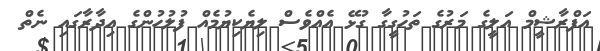
އަފްރާޝީމް އަލީގެ މަރުގެ ތަހުގީގާ ގުޅޭ އެއްވެސް ލިޔެކިޔުމެއް ފުލުހުންގެ އިދާރާގައި ނެތް